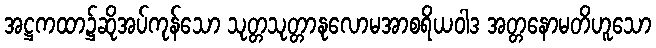
အဋ္ဌကထာ၌ဆိုအပ်ကုန်သော သုတ္တသုတ္တာနုလောမအာစရိယဝါဒ အတ္တနောမတိဟူသော